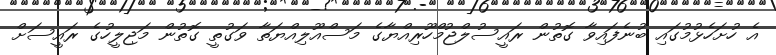
އެ ހުށަހެޅުމުގައި ބުނެފައިވާ ގޮތުން ރައީސުލްޖުމްހޫރިއްޔާގެ މަސްއޫލިއްޔަތާ ވަގުތީ ގޮތުން މަޖިލީހުގެ ރައީސަށް